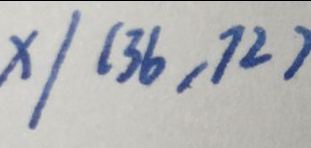
x / ( 3 6 , 7 2 )